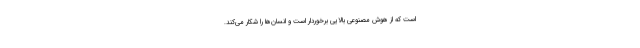
است که از هوش مصنوعی بالایی برخوردار است و انسان‌ها را شکار می‌کند.